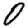
Digit: 0